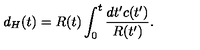
d _ { H } ( t ) = R ( t ) \int _ { 0 } ^ { t } \frac { d t ^ { \prime } c ( t ^ { \prime } ) } { R ( t ^ { \prime } ) } .